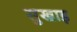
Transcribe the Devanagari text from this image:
सुखाड़